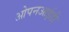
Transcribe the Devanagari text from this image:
ओपनआईडी